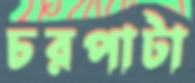
চরপাটা